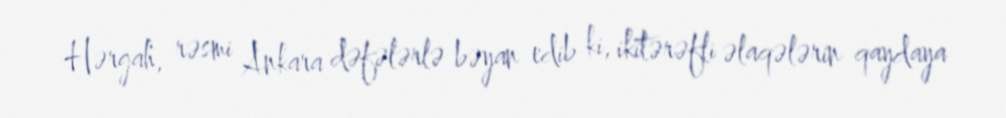
Hərgah, rəsmi Ankara dəfələrlə bəyan edib ki, ikitərəfli əlaqələrin qaydaya